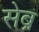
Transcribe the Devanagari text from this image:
सेब्र